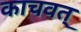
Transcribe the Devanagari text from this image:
काचवत्